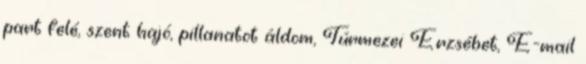
part felé, szent hajó, pillanatot áldom, Túrmezei Erzsébet, E-mail